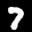
Label: 7